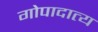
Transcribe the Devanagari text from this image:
गोपादात्य